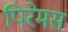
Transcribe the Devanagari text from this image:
पिरेमस